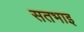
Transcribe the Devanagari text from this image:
सतभाइ